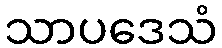
သာပဒေသံ